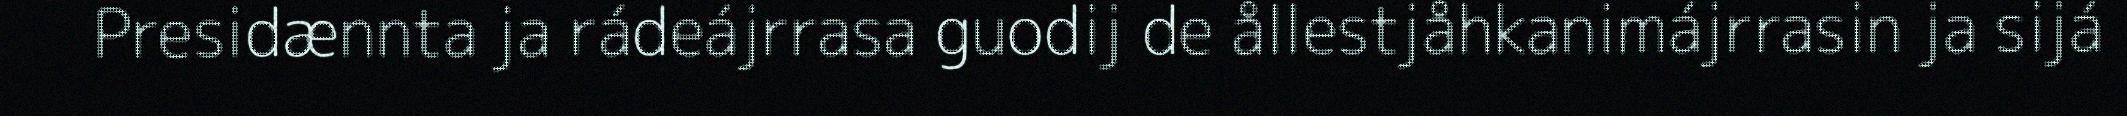
Presidænnta ja rádeájrrasa guodij de ållestjåhkanimájrrasin ja sijá